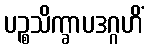
ပဉ္စသိက္ခာပဒဂ္ဂဟိံ